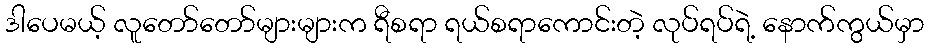
ဒါပေမယ့် လူတော်တော်များများက ရီစရာ ရယ်စရာကောင်းတဲ့ လုပ်ရပ်ရဲ့ နောက်ကွယ်မှာ